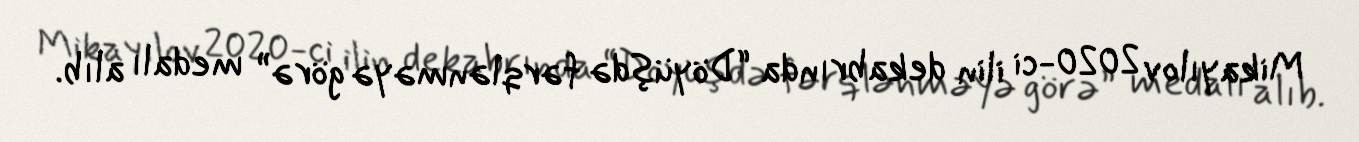
Mikayılov 2020-ci ilin dekabrında “Döyüşdə fərqlənməyə görə” medalı alıb.